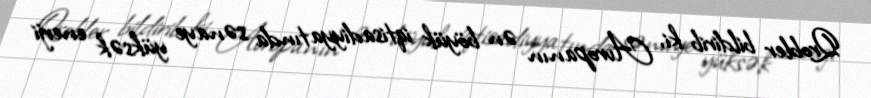
Qrobler bildirib ki, Avropanın ən böyük iqtisadiyyatında sənaye yüksək enerji